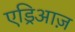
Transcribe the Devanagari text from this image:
एड्रिआज़